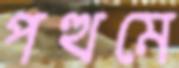
পত্থমে